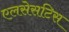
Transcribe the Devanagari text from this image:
एलसेसटिस